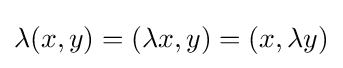
\lambda (x,y)=(\lambda x,y)=(x,\lambda y)